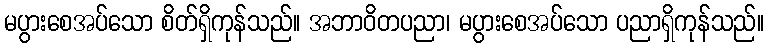
မပွားစေအပ်သော စိတ်ရှိကုန်သည်။ အဘာဝိတပညာ၊ မပွားစေအပ်သော ပညာရှိကုန်သည်။